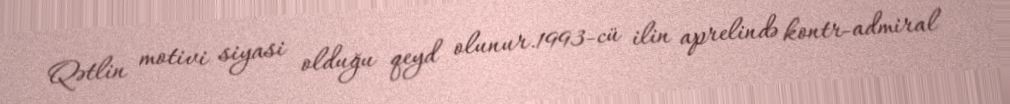
Qətlin motivi siyasi olduğu qeyd olunur.1993-cü ilin aprelində kontr-admiral